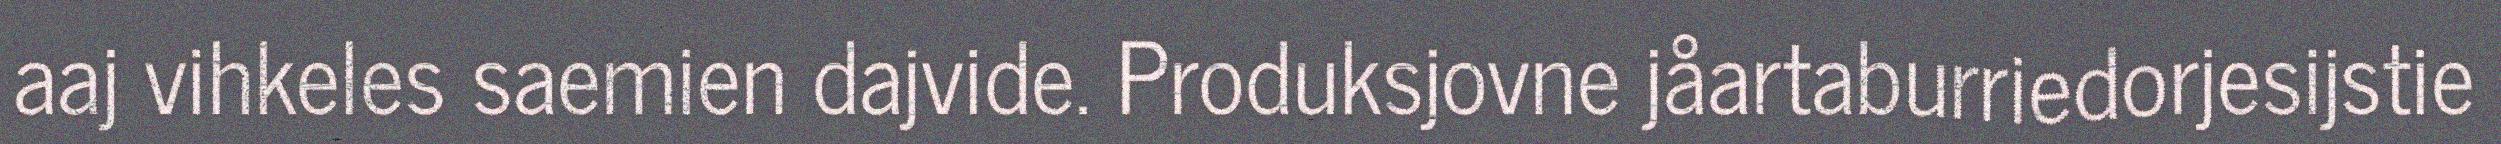
aaj vihkeles saemien dajvide. Produksjovne jåartaburriedorjesijstie